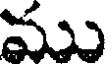
ము